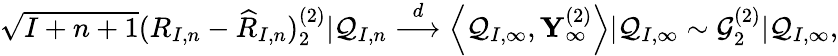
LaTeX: \begin{array}{r}{\sqrt{I+n+1}(R_{I,n}-\widehat{R}_{I,n})_{2}^{(2)}|\mathcal{Q}_{I,n}\overset{d}{\longrightarrow}\left\langle\mathcal{Q}_{I,\infty},\mathbf{Y}_{\infty}^{(2)}\right\rangle|\mathcal{Q}_{I,\infty}\sim\mathcal{G}_{2}^{(2)}|\mathcal{Q}_{I,\infty},}\end{array}